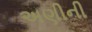
અણીની